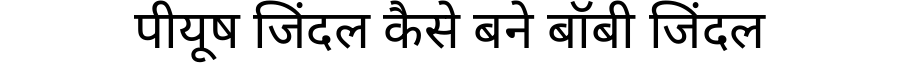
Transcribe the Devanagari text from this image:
पीयूष जिंदल कैसे बने बॉबी जिंदल